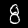
Label: 8